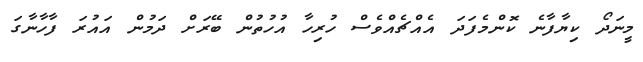
މީނަދޯ ކިޔާފާނެ ކޮންމެފަދަ އެއްޗެއްވެސް ހުރިހާ އުހުތުން ބޭރަށް ދަމުން އައުރަ ފާހާނާގަ